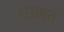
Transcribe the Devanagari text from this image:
साख़त